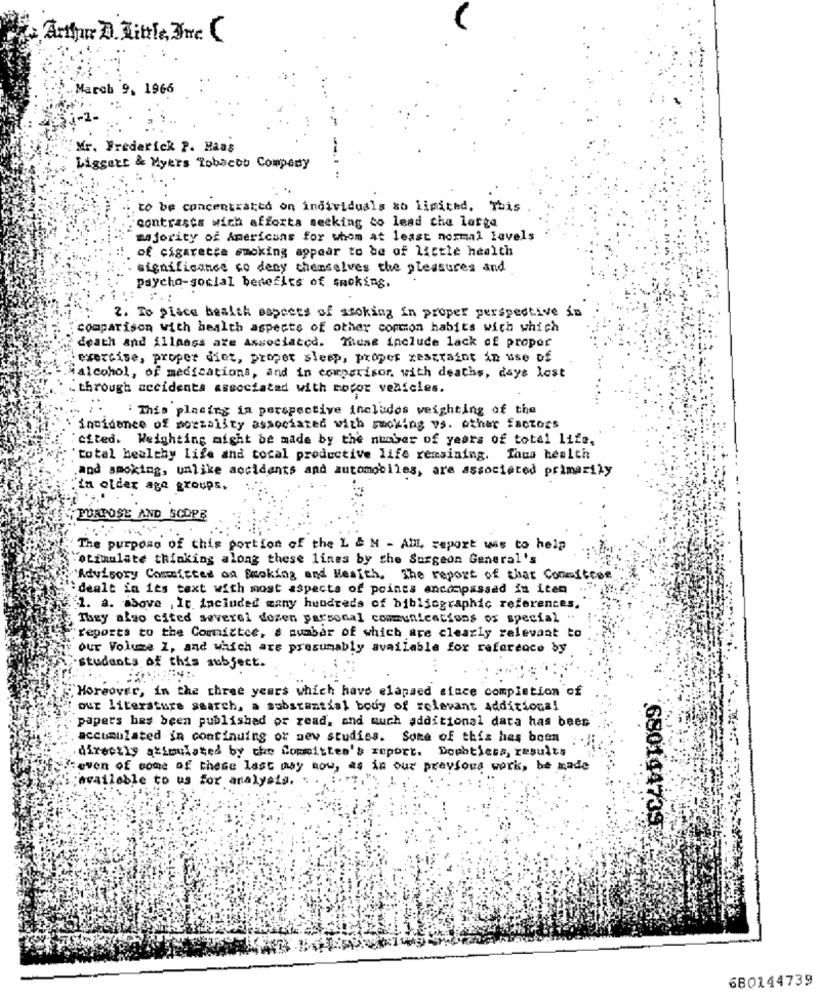
Arthur D. Little, The
March 9. 1966
i-1-
Mr. Frederick P. Haas
-
Liggert & Myers Tobacob Compedy
..
to be concentrated on individuals so limited. This
contrasts wich afforta seeking to lead che lotta
majority of Americans for whom at least normal levels
of cigarette smoking appear to be of little health
significance to deny themselves the pleasures and
psycho-social benefits of smoking.
2. To place health aspects of smoking in proper perspective in
comparison with health aspects of other corton habits with which
death and illaass are Associated. These include lack of propor
exercise, proper diet, proper sleep, proper xescraint in use of
alcohol, of medications, and in comparison, with deaths, days lost
.through accidents associated with motor vehicles.
: This placing in perspective includes weighting of the
incidence of mortality associated with smoking vs. other factors
cited. Weighting might be made by the number of years of total life,
"total healthy Life and tocal productive life remaining. Tous health
and smoking, unlike accidents and automobiles, are associated primarily
in older age groups,
PURPOSE AND SCOPE
The purpose of this portion of the L & M - All, report was to help
"otimalate thinking along these lines by the Surgeon General's
Advisory Committee on Booking and Wesith. The report of that Comiteen.
dealt in its text with most aspects of points encompassad in item
1. a. move , It. included many hundreds of bibliographic references.
They also cited several dozen parsonal communications os special ".
reports to the Committee, a number of which are clearly relevant to
our Volume I, and which are presumably available for reference by
students of this subject.
Moreover, in the three years which have elapsed since completion of
our literature search, a substantial body of relevant additional
papers bas been published or read, and much additional data has been
accumulated in continuing of new studies. Some of this has been
directly stimulated by the Committee's report. Doubtless, results
:even of some of these last Day now, as in our previous work, be made
available to us for analysis.
680144739
680144739